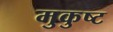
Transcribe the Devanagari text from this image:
मुकुष्ट